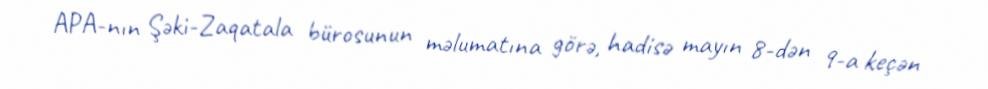
APA-nın Şəki-Zaqatala bürosunun məlumatına görə, hadisə mayın 8-dən 9-a keçən